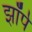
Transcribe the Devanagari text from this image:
झॉर्प